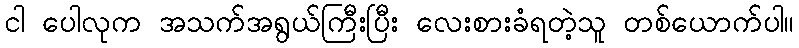
ငါ ပေါလုက အသက်အရွယ်ကြီးပြီး လေးစားခံရတဲ့သူ တစ်ယောက်ပါ။